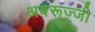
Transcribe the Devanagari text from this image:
अबरूज्जी